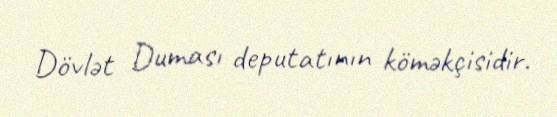
Dövlət Duması deputatının köməkçisidir.